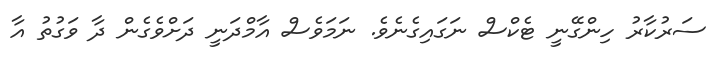
ސަރުކާރު ހިންގޭނީ ޓެކްސް ނަގައިގެނެވެ. ނަމަވެސް އާމްދަނީ ދަށްވެގެން ދާ ވަގުތު އާ